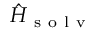
\hat { H } _ { \mathrm { ~ s ~ o ~ l ~ v ~ } }